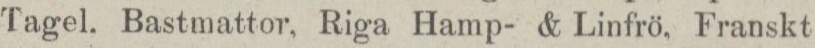
Tagel. Bastmattor, Riga Hamp- & Linfrö, Franskt